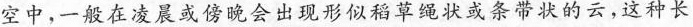
空中，一般在凌晨或傍晚会出现形似稻草绳状或条带状的云，这种长